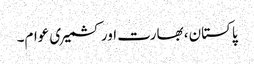
پاکستان، بھارت اور کشمیری عوام۔